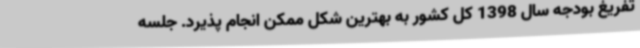
تفریغ بودجه سال 1398 کل کشور به بهترین شکل ممکن انجام پذیرد. جلسه